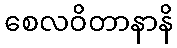
စေလဝိတာနာနိ